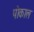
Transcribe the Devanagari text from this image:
पोकाल